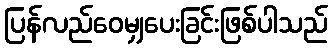
ပြန်လည်ဝေမျှပေးခြင်းဖြစ်ပါသည်